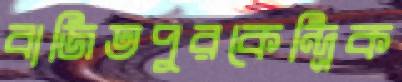
বাজিতপুরকেন্দ্রিক